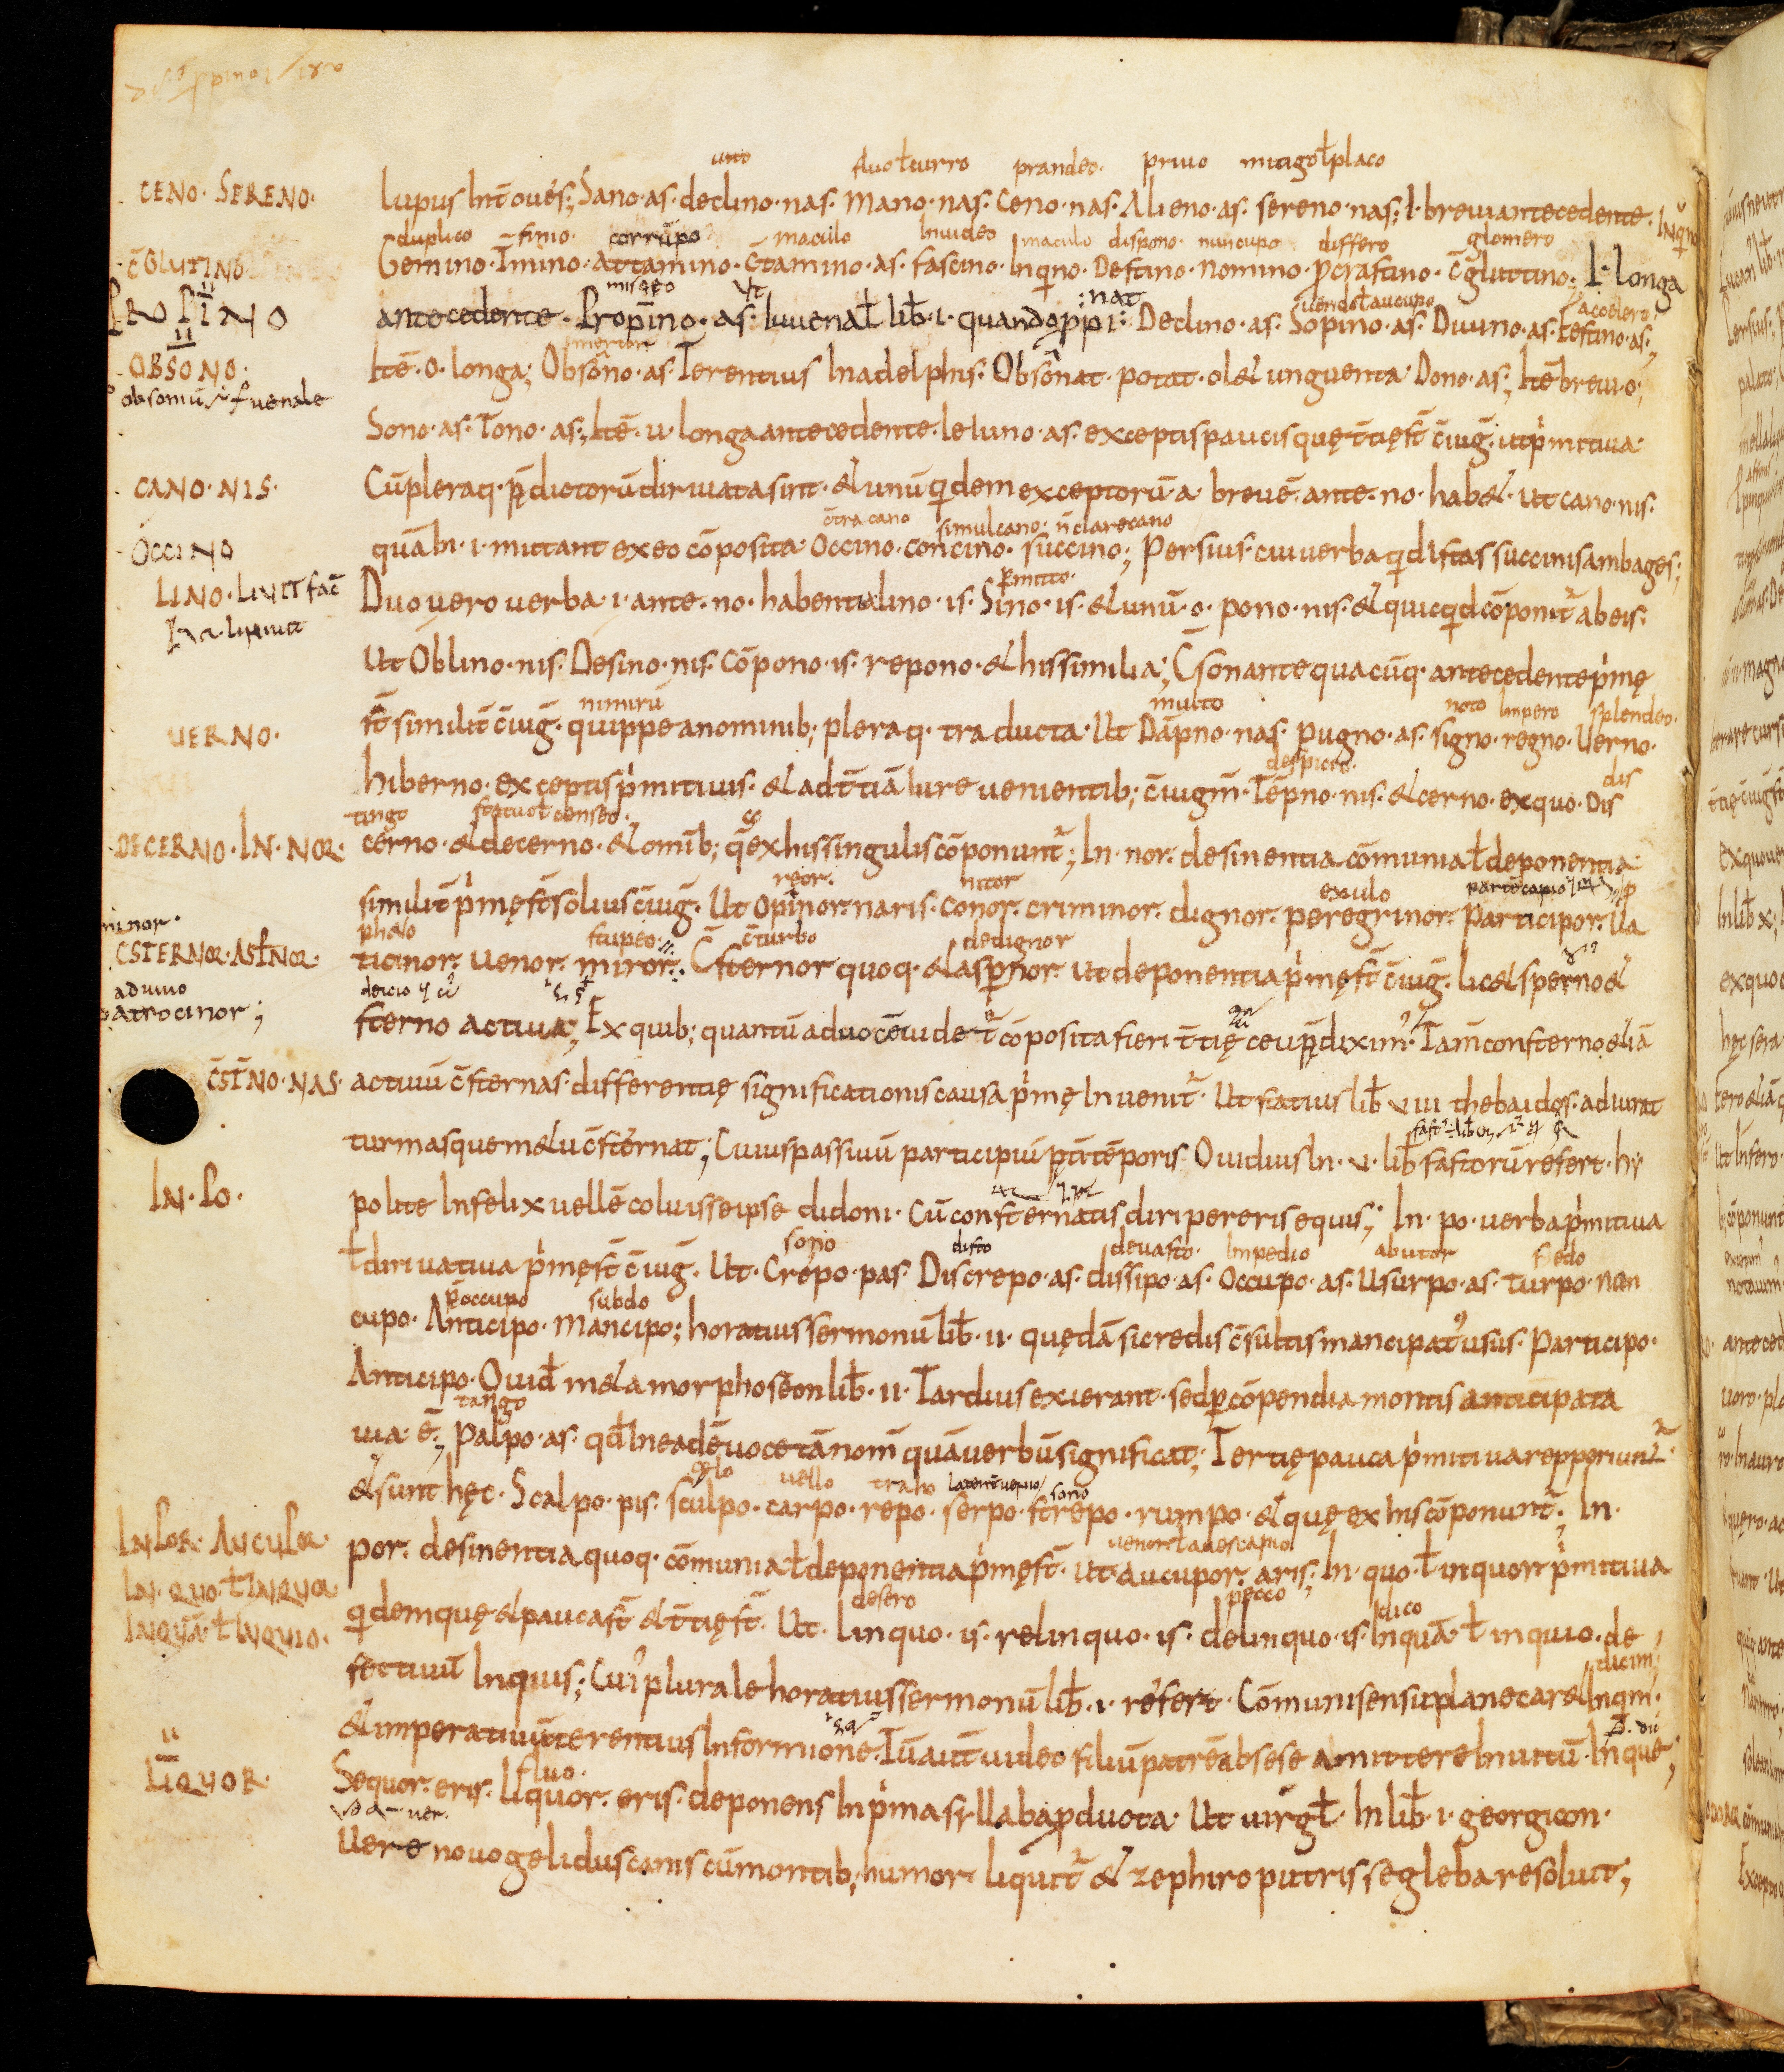
Shelfmark: Bamberg, Staatsbibliothek, MS Class. 30
Century: 9